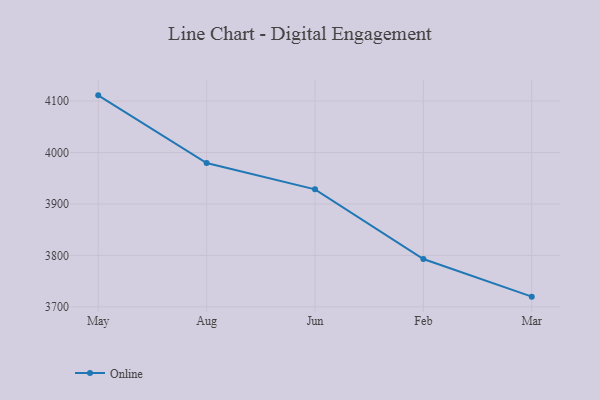
{"axis": {"x": "Month", "y": "Revenue (USD Million)"}, "legend": ["Online"], "data": [{"x": "May", "y": 4111.0, "type": "Online"}, {"x": "Aug", "y": 3979.4, "type": "Online"}, {"x": "Jun", "y": 3928.4, "type": "Online"}, {"x": "Feb", "y": 3793.0, "type": "Online"}, {"x": "Mar", "y": 3719.9, "type": "Online"}]}